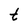
Character: t